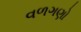
વળગણો